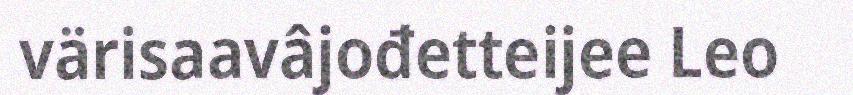
värisaavâjođetteijee Leo